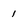
Character: 1